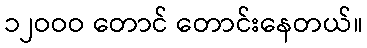
၁၂ဝဝဝ တောင် တောင်းနေတယ်။